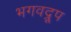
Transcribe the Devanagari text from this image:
भगवद्रूप